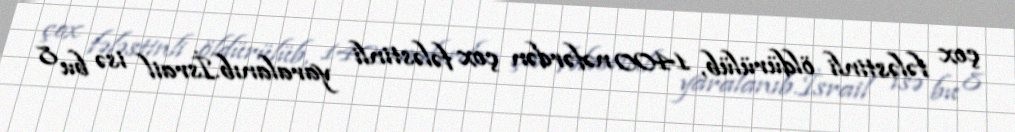
çox fələstinli öldürülüb, 1400 nəfərdən çox fələstinli yaralanıb.İsrail isə bu 8